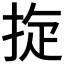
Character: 𢭀